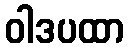
ဝါဒပထာ